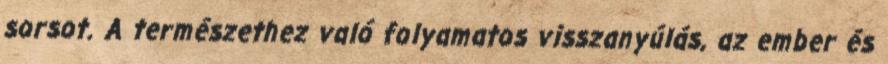
sorsot. A természethez való folyamatos visszanyúlás, az ember és